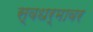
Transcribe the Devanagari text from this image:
स्वधर्मावर